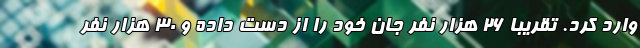
وارد کرد. تقریباً ۲۶ هزار نفر جان خود را از دست داده و ۳۰ هزار نفر